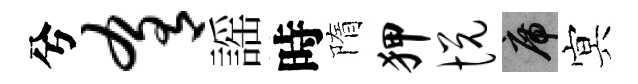
兮肴謡時隋狎悦席㝠